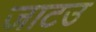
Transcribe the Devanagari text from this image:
जाटउ